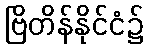
ဗြိတိန်နိုင်ငံ၌